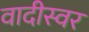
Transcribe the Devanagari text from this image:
वादीस्वर